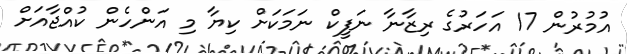
އުމުރުން 17 އަހަރުގެ ރިޒާނާ ނަފީކް ނަމަކަށް ކިޔާ މި އަންހެން ކުއްޖާއަށް